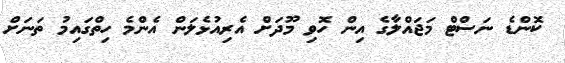
ކޮންޑެ ނަސްޓް މަޖައްލާގެ އިން ހޮވި މޫދަށް އެރިއުޅެލަން އެންމެ ހިތްގައިމު ތަނަށް